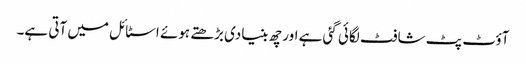
آؤٹ پٹ شافٹ لگائی گئی ہے اور چھ بنیادی بڑھتے ہوئے اسٹائل میں آتی ہے۔